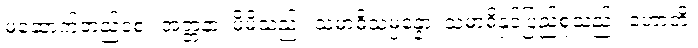
မဆောက်တည်စေ။ အတ္တနာ၊ မိမိသည်။ သမာဓိသမ္ပန္နော၊ သမာဓိနှင့်ပြည့်စုံသည်။ ဟောတိ၊